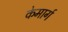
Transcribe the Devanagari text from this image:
केमार्ग